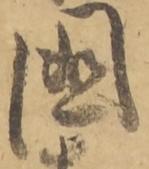
国